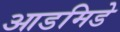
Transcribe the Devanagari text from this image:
आडमिडे